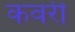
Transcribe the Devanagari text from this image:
कवरी